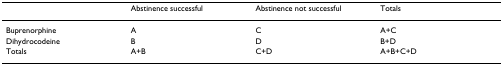
|  | Abstinence successful | Abstinence not successful | Totals |
 | --- | --- | --- | --- |
 | Buprenorphine | A | C | A+C |
 | Dihydrocodeine | B | D | B+D |
 | Totals | A+B | C+D | A+B+C+D |